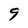
Character: 9